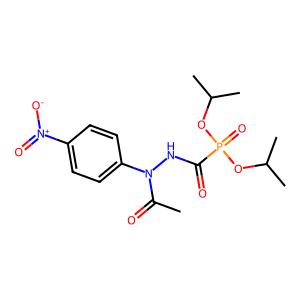
SMILES: CC(=O)N(NC(=O)P(=O)(OC(C)C)OC(C)C)c1ccc([N+](=O)[O-])cc1
Inhibits HIV replication: No